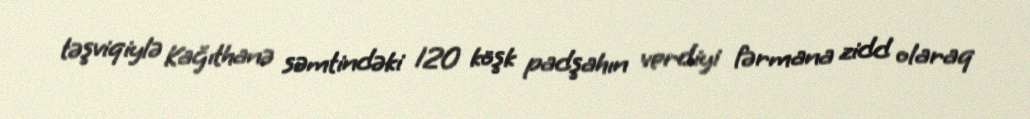
təşviqiylə Kağıthanə səmtindəki 120 köşk padşahın verdiyi fərmana zidd olaraq